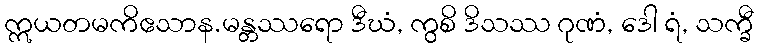
ဣယတမကိဧသာန.မန္တဿရော ဒီဃံ, ကွစိ ဒိသဿ ဂုဏံ, ဒေါ ရံ, သက္ခီ